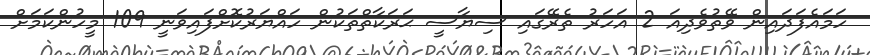
ހަމައެފަދައިން ވޭތުވެދިއަ 2 އަހަރު ތެރޭގައި ސިޔާސީ ޙަރަކާތްތަކުން ހައްޔަރުކޮށްފައިވަނީ 109 މީހުންކަމަށް